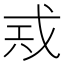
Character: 𢦶